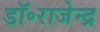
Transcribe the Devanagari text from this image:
डॉ॰राजेन्द्र